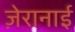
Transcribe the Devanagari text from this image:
ज़ेरानाई